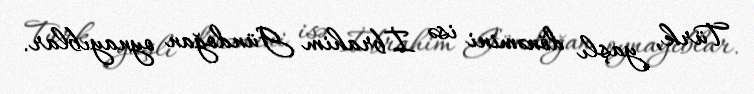
Türk, yaşlı dönəmini isə İbrahim Gündoğan oynayıblar.